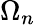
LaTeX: \Omega_{n}